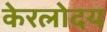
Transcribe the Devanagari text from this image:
केरलोदय